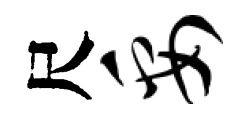
尺妥